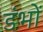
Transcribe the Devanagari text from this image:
डंभों